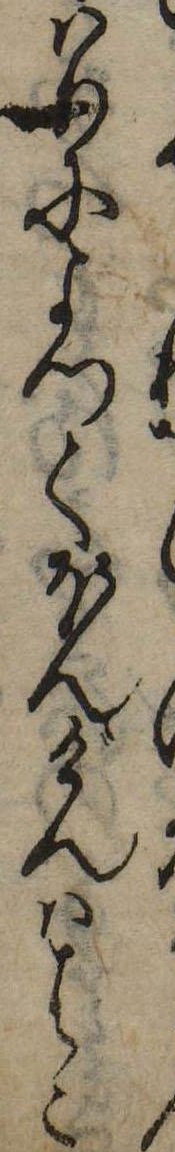
はりによつてほんげんははこ